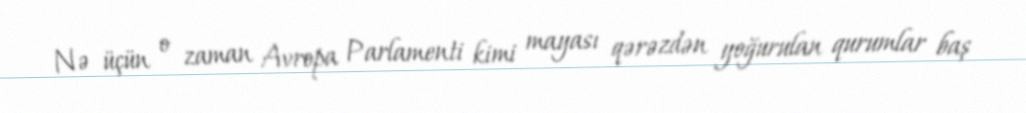
Nə üçün o zaman Avropa Parlamenti kimi mayası qərəzdən yoğurulan qurumlar baş